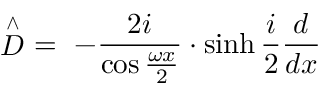
\stackrel { \wedge } { \cal D } \ = \ - \frac { 2 i } { \cos \frac { \omega x } 2 } \cdot \sinh { } \frac i 2 \frac d { d x }